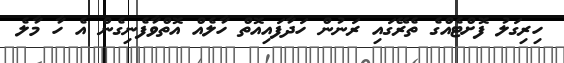
ހިރިގަލު ފޮށްޓެއްގެ ތެރޭގައި ރަނުން ހަދާފައިއޮތް ހާލެއް އޮތްވާފެނިގެން އެ ހާ މާލެ